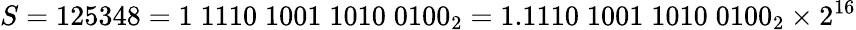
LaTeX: S=125348=1\; 1110\; 1001\; 1010\; 0100_{2}=1.1110\; 1001\; 1010\; 0100_{2}\times 2^{16}